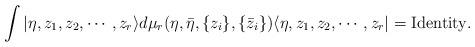
LaTeX: \begin{align*}\int \vert \eta, z_1, z_2 , \cdots, z_{r} \rangle d\mu_r (\eta ,\bar \eta, \{z_i\}, \{\bar z_i\})\langle \eta, z_1, z_2 , \cdots, z_{r} \vert = {\rm Identity}.\end{align*}